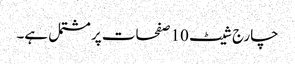
چارج شیٹ 10 صفحات پر مشتمل ہے۔